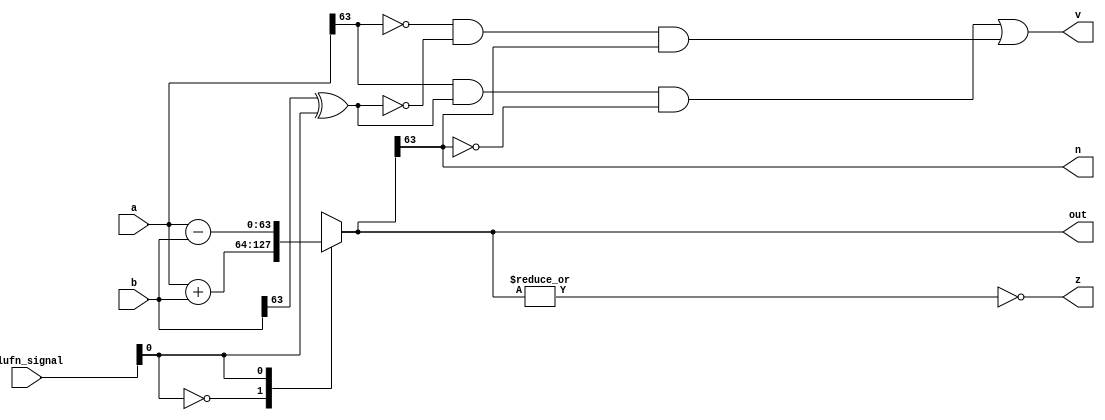
/*
   This file was generated automatically by Alchitry Labs version 1.2.7.
   Do not edit this file directly. Instead edit the original Lucid source.
   This is a temporary file and any changes made to it will be destroyed.
*/

module adder_24 (
    input [63:0] a,
    input [63:0] b,
    input [5:0] alufn_signal,
    output reg [63:0] out,
    output reg [0:0] z,
    output reg [0:0] v,
    output reg [0:0] n
  );
  
  
  
  reg [63:0] s;
  
  always @* begin
    s = 64'h0000000000000000;
    
    case (alufn_signal[0+0-:1])
      1'h0: begin
        s = a + b;
      end
      1'h1: begin
        s = a - b;
      end
      default: begin
        s = 64'h0000000000000000;
      end
    endcase
    n = s[63+0-:1];
    v = (a[63+0-:1] & (b[63+0-:1] ^ alufn_signal[0+0-:1]) & !s[63+0-:1]) | (!a[63+0-:1] & !(b[63+0-:1] ^ alufn_signal[0+0-:1]) & s[63+0-:1]);
    z = ~(|s);
    out = s;
  end
endmodule